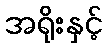
အရိုးနှင့်